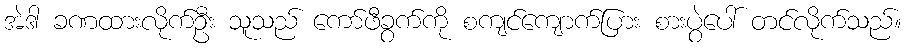
အဲဒါ ခဏထားလိုက်ဦး သူသည် ကော်ဖီခွက်ကို စကျင်ကျောက်ပြား စားပွဲပေါ် တင်လိုက်သည်။